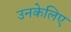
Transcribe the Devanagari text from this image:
उनकेलिए